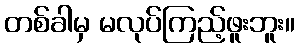
တစ်ခါမှ မလုပ်ကြည့်ဖူးဘူး။